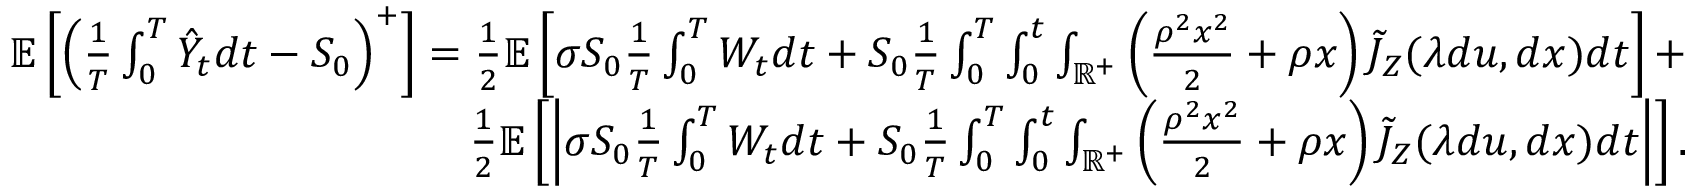
\begin{array} { r } { \mathbb { E } \left[ \left( \frac { 1 } { T } \int _ { 0 } ^ { T } \hat { Y } _ { t } d t - S _ { 0 } \right) ^ { + } \right] = \frac { 1 } { 2 } \mathbb { E } \left[ \sigma S _ { 0 } \frac { 1 } { T } \int _ { 0 } ^ { T } { W } _ { t } d t + S _ { 0 } \frac { 1 } { T } \int _ { 0 } ^ { T } \int _ { 0 } ^ { t } \int _ { \mathbb { R } ^ { + } } \left( \frac { \rho ^ { 2 } x ^ { 2 } } { 2 } + \rho x \right) \tilde { J } _ { Z } ( \lambda d u , d x ) d t \right] + } \\ { \frac { 1 } { 2 } \mathbb { E } \left[ \left| \sigma S _ { 0 } \frac { 1 } { T } \int _ { 0 } ^ { T } { W } _ { t } d t + S _ { 0 } \frac { 1 } { T } \int _ { 0 } ^ { T } \int _ { 0 } ^ { t } \int _ { \mathbb { R } ^ { + } } \left( \frac { \rho ^ { 2 } x ^ { 2 } } { 2 } + \rho x \right) \tilde { J } _ { Z } ( \lambda d u , d x ) d t \right| \right] . } \end{array}